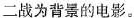
二战为背景的电影。